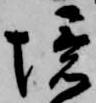
境